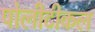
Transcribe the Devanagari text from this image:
पोलीटीकल